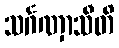
သင်္ဂဏှာသီတိ